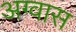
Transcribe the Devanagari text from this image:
अग्वास